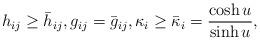
LaTeX: \begin{align*}h_{ij} \geq \bar{h}_{ij}, g_{ij} = \bar{g}_{ij}, \kappa_i \geq \bar{\kappa}_i = \frac{\cosh u}{\sinh u},\end{align*}